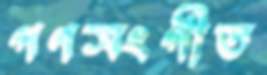
গণসংগীত